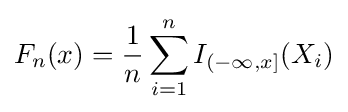
F_{n}(x)={\frac {1}{n}}\sum _{i=1}^{n}I_{(-\infty ,x]}(X_{i})